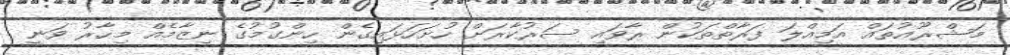
މަޝްރޫޢުތައް އަމިއްލަ ފަރާތްތަކުން ރާވައި ސަރުކާރަށް ހުށަހަޅައިގެން ހިންގުމުގެ ނިޒާމެއް މިހާރު ވަނީ